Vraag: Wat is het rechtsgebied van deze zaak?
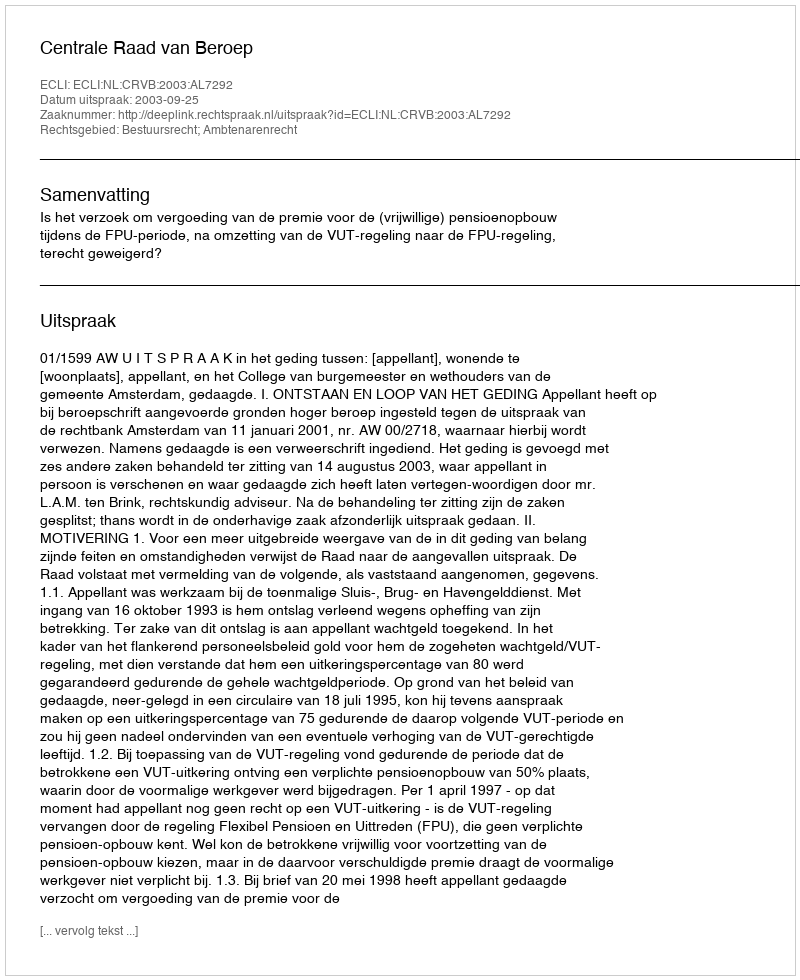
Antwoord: Bestuursrecht; Ambtenarenrecht